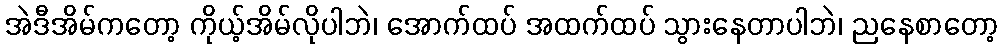
အဲဒီအိမ်ကတော့ ကိုယ့်အိမ်လိုပါဘဲ၊ အောက်ထပ် အထက်ထပ် သွားနေတာပါဘဲ၊ ညနေစာတော့